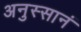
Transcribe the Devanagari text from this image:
अनुस्सानं